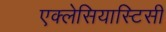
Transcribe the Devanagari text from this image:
एक्लेसियास्टिसी